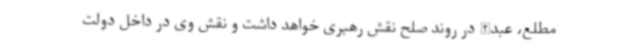
مطلع، عبدالله در روند صلح نقش رهبری خواهد داشت و نقش وی در داخل دولت